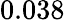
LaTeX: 0.038